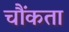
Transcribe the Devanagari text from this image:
चौंकता